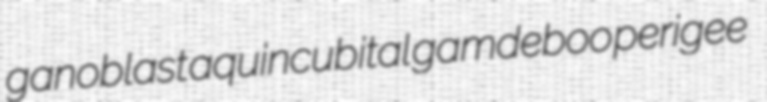
ganoblast aquincubital gamdeboo perigee